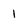
Character: 1